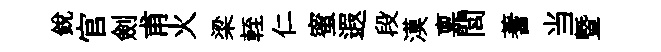
銳官劍甫火梁輊仁蜜遐段漠禀閭蓍当曁